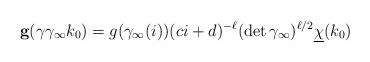
LaTeX: \begin{align*} \mathbf g (\gamma \gamma_{\infty} k_0) = g(\gamma_{\infty}(i))(ci + d)^{-\ell}(\det \gamma_{\infty})^{\ell/2}\underline{\chi}(k_0)\end{align*}